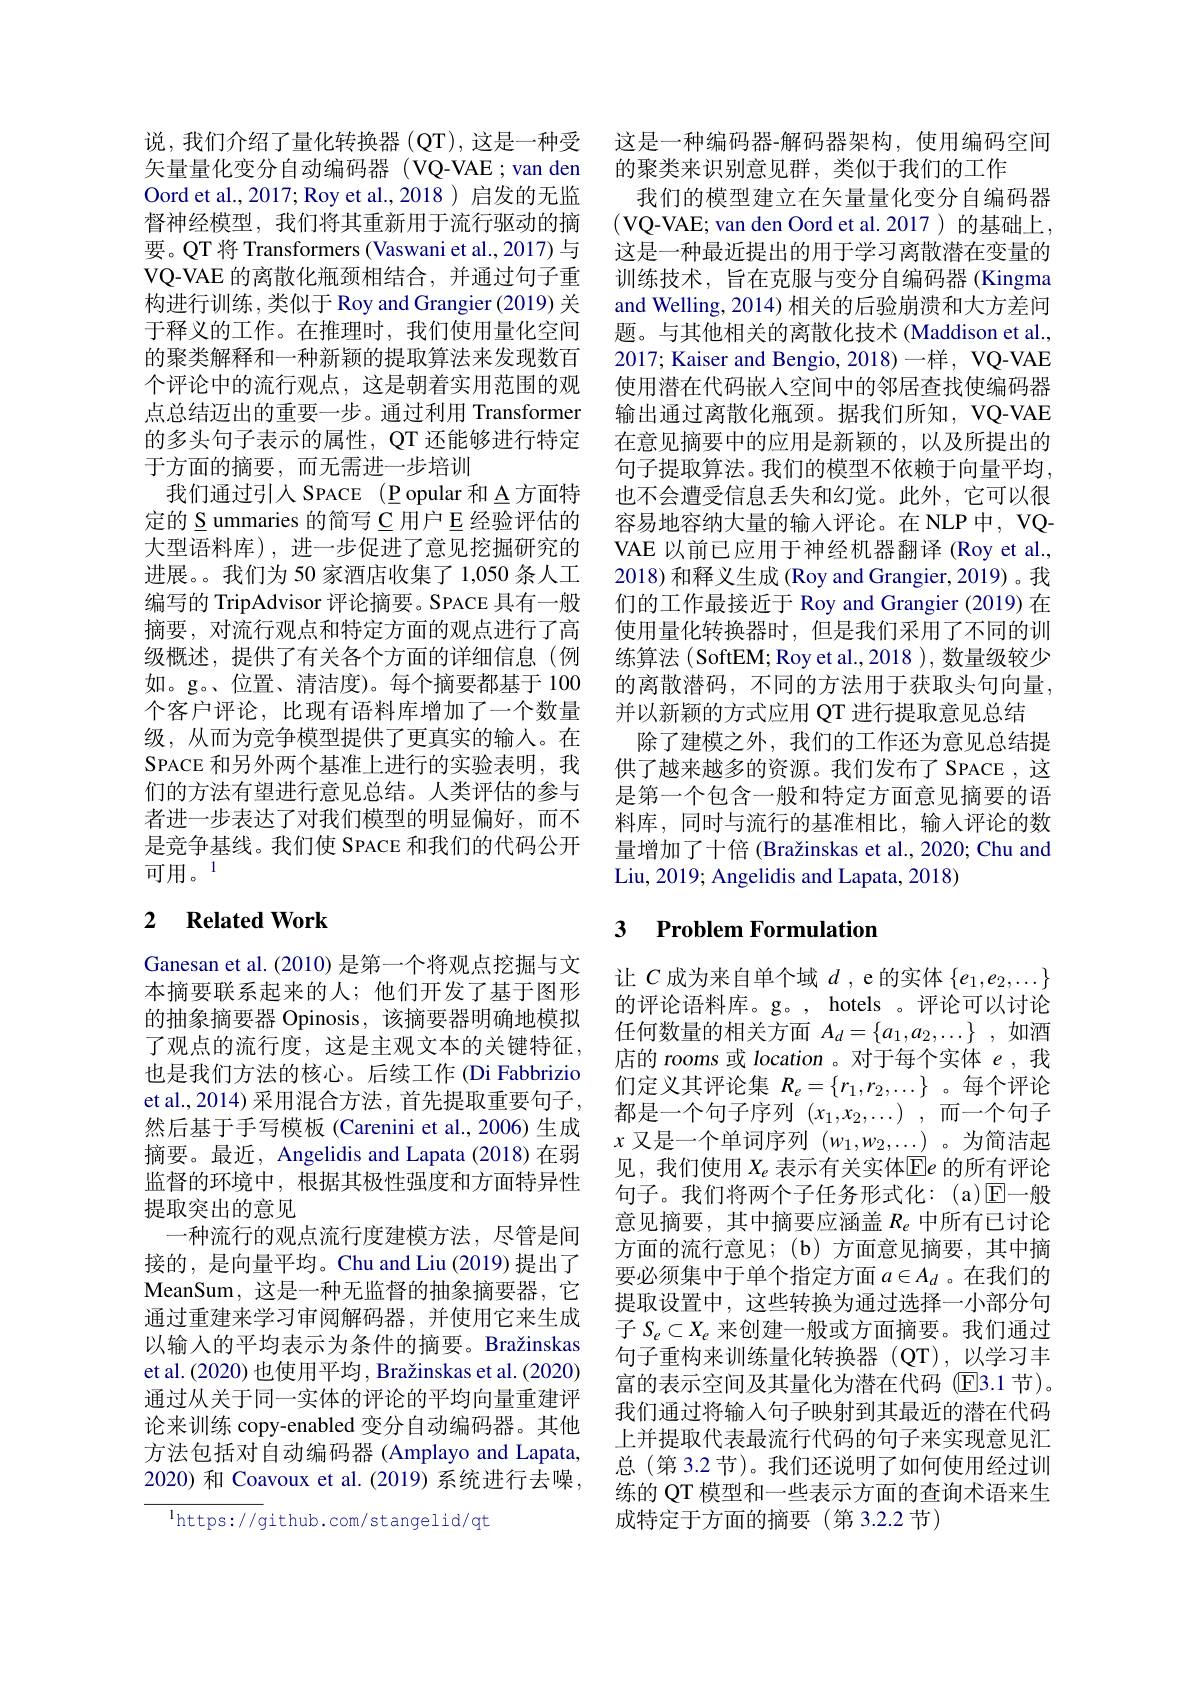
说，我们介绍了量化转换器 (QT),这是一种受矢量量化变分自动编码器(VQ-VAE;van den Oord et al., 2017; Roy et al., 2018 ) 启发的无监督神经模型，我们将其重新用于流行驱动的摘要。QT 将 Transformers (Vaswani et al., 2017) 与VQ-VAE 的离散化瓶颈相结合，并通过句子重构进行训练，类似于 Roy and Grangier (2019) 关于释义的工作。在推理时，我们使用量化空间的聚类解释和一种新颖的提取算法来发现数百个评论中的流行观点，这是朝着实用范围的观点总结迈出的重要一步。通过利用 Transformer 的多头句子表示的属性，QT 还能够进行特定于方面的摘要，而无需进一步培训
我们通过引入 SPACE ( P opular 和 A 方面特定的 S ummaries 的简写 C 用户 E 经验评估的大型语料库),进一步促进了意见挖掘研究的进展。我们为 50 家酒店收集了 1,050 条人工编写的 TripAdvisor 评论摘要。SPACE 具有一般摘要，对流行观点和特定方面的观点进行了高级概述，提供了有关各个方面的详细信息(例如。g。、位置、清洁度)。每个摘要都基于 100个客户评论，比现有语料库增加了一个数量级，从而为竞争模型提供了更真实的输人。在SPACE 和另外两个基准上进行的实验表明，我们的方法有望进行意见总结。人类评估的参与者进一步表达了对我们模型的明显偏好，而不是竞争基线。我们使 SPACE 和我们的代码公开可用。1

## 2 $\textbf{Related Work}$

Ganesan et al. (2010) 是第一个将观点挖掘与文本摘要联系起来的人；他们开发了基于图形的抽象摘要器 Opinosis, 该摘要器明确地模拟了观点的流行度，这是主观文本的关键特征， 也是我们方法的核心。后续工作 (Di Fabbrizio et al., 2014) 采用混合方法，首先提取重要句子， 然后基于手写模板 (Carenini et al., 2006) 生成摘要。最近，Angelidis and Lapata (2018)在弱监督的环境中，根据其极性强度和方面特异性提取突出的意见
一种流行的观点流行度建模方法，尽管是间接的，是向量平均。Chu and Liu (2019) 提出了MeanSum, 这是一种无监督的抽象摘要器，它通过重建来学习审阅解码器，并使用它来生成以输入的平均表示为条件的摘要。Bražinskas et al. (2020) 也使用平均 , Bražinskas et al. (2020) 通过从关于同一实体的评论的平均向量重建评论来训练 copy-enabled 变分自动编码器。其他方法包括对自动编码器 (Amplayo and Lapata, 2020) 和 Coavoux et al. (2019) 系统进行去噪，

$^{1}$https://github.com/stangelid/qt

这是一种编码器-解码器架构，使用编码空间
的聚类来识别意见群，类似于我们的工作
我们的模型建立在矢量量化变分自编码器(VQ-VAE; van den Oord et al.2017)的基础上， 这是一种最近提出的用于学习离散潜在变量的训练技术，旨在克服与变分自编码器(Kingma and Welling, 2014) 相关的后验崩溃和大方差问题。与其他相关的离散化技术 (Maddison et al., 2017; Kaiser and Bengio, 2018)一样，VQ-VAE 使用潜在代码嵌入空间中的邻居查找使编码器输出通过离散化瓶颈。据我们所知，VQ-VAE 在意见摘要中的应用是新颖的，以及所提出的句子提取算法。我们的模型不依赖于向量平均， 也不会遭受信息丢失和幻觉。此外，它可以很容易地容纳大量的输入评论。在 NLP 中，VQVAE 以前已应用于神经机器翻译 (Roy et al., 2018) 和释义生成 (Roy and Grangier, 2019) 。我们的工作最接近于 Roy and Grangier (2019) 在使用量化转换器时，但是我们采用了不同的训练算法 ( SoftEM; Roy et al., 2018 ), 数量级较少的离散潜码，不同的方法用于获取头句向量， 并以新颖的方式应用 QT 进行提取意见总结
除了建模之外，我们的工作还为意见总结提供了越来越多的资源。我们发布了 SPACE , 这是第一个包含一般和特定方面意见摘要的语料库，同时与流行的基准相比，输人评论的数量增加了十倍 (Bražinskas et al., 2020; Chu and Liu, 2019; Angelidis and Lapata, 2018)

# 3 Problem Formulation

让$C$成为来自单个域$d$ , e 的实体$\{e_1,e_2,\ldots\}$ 的评论语料库。g。, hotels 。评论可以讨论任何数量的相关方面$A_d=\{a_1,a_2,\ldots\}$ ,如酒店的 rooms 或 location 。对于每个实体$e$,我们定义其评论集$R_e=\{r_1,r_2,\ldots\}$ 。每个评论都是一个句子序列 $( x_1, x_2, \ldots )$ ,而一个句子$x$又是一个单词序列$(w_1,w_2,\ldots)$。为简洁起见，我们使用$X_e$表示有关实体$\overline{\mathrm{E}}e$的所有评论句子。我们将两个子任务形式化：(a)☑—般意见摘要，其中摘要应涵盖$R_e$中所有已讨论方面的流行意见；(b)方面意见摘要，其中摘要必须集中于单个指定方面$a\in A_d$ 。在我们的提取设置中，这些转换为通过选择一小部分句子$S_e\subset X_e$来创建一般或方面摘要。我们通过句子重构来训练量化转换器(QT),以学习丰富的表示空间及其量化为潜在代码 (E3.1 节)。我们通过将输入句子映射到其最近的潜在代码上并提取代表最流行代码的句子来实现意见汇总 (第 3.2 节)。我们还说明了如何使用经过训练的 QT 模型和一些表示方面的查询术语来生成特定于方面的摘要(第3.2.2 节)